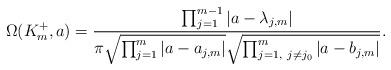
LaTeX: \begin{align*} \Omega(K_m^+,a)=\frac{\prod_{j=1}^{m-1}|a-\lambda_{j,m}|}{\pi\sqrt{\prod_{j=1}^m|a-a_{j,m}|}\sqrt{\prod_{j=1,\ j\not=j_0}^m|a-b_{j,m}|}}.\end{align*}